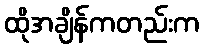
ထိုအချိန်ကတည်းက